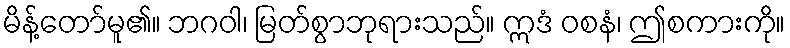
မိန့်တော်မူ၏။ ဘဂဝါ၊ မြတ်စွာဘုရားသည်။ ဣဒံ ဝစနံ၊ ဤစကားကို။